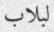
لبلاب